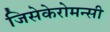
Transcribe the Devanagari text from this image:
जिसेकेरोमन्सी